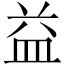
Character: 益